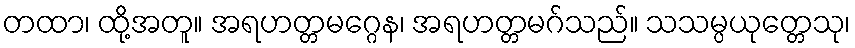
တထာ၊ ထို့အတူ။ အရဟတ္တမဂ္ဂေန၊ အရဟတ္တမဂ်သည်။ သသမ္ပယုတ္တေသု၊